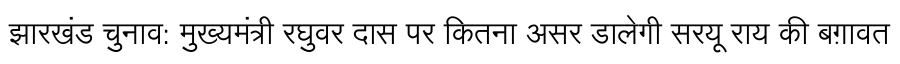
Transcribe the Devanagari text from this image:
झारखंड चुनाव: मुख्यमंत्री रघुवर दास पर कितना असर डालेगी सरयू राय की बग़ावत